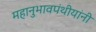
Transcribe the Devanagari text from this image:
महानुभावपंथीयांनी